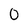
Character: 0